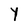
Character: Y